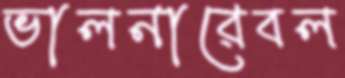
ভালনারেবল